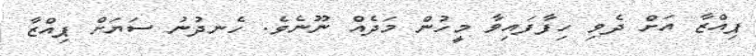
ޕިއްޒާ އަށް ދެވި ހިފާފައިވާ މީހުން މަދެއް ނޫނެވެ. ހެނދުނު ސަޔަށް ޕިއްޒާ